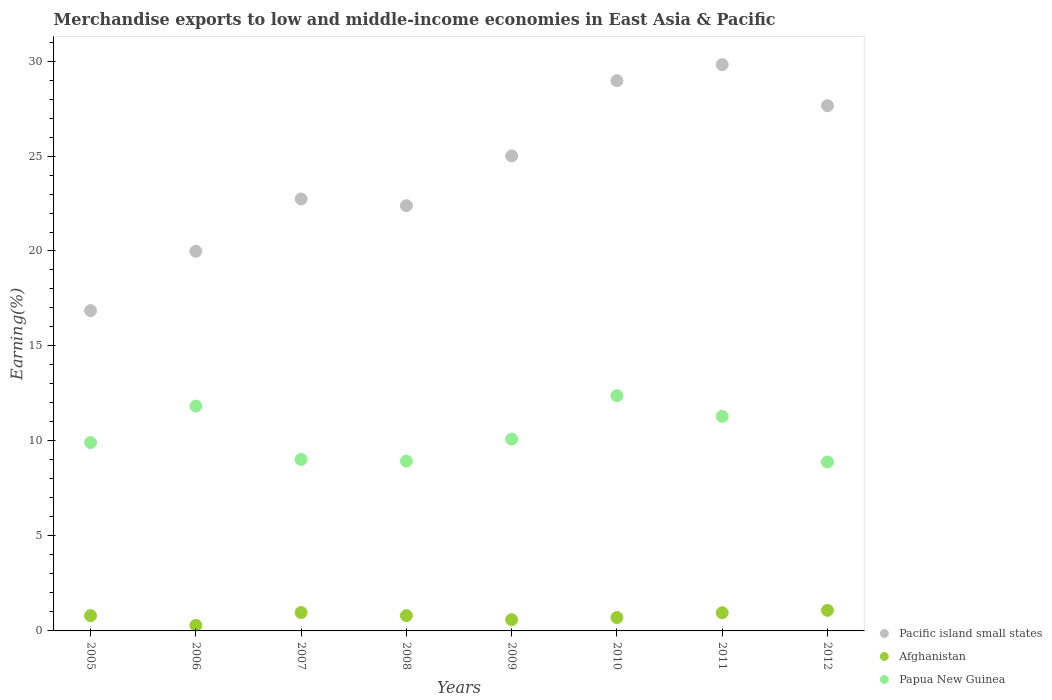
| Years | Pacific island small states | Afghanistan | Papua New Guinea |
 | --- | --- | --- | --- |
 | 2005 | 16.9 | 0.803 | 9.91 |
 | 2006 | 20 | 0.293 | 11.8 |
 | 2007 | 22.7 | 0.968 | 9.03 |
 | 2008 | 22.4 | 0.805 | 8.94 |
 | 2009 | 25 | 0.593 | 10.1 |
 | 2010 | 29 | 0.705 | 12.4 |
 | 2011 | 29.8 | 0.956 | 11.3 |
 | 2012 | 27.6 | 1.08 | 8.89 |